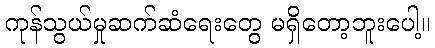
ကုန်သွယ်မှုဆက်ဆံရေးတွေ မရှိတော့ဘူးပေါ့။